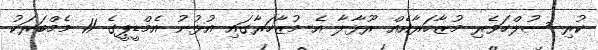
ކުރި ސުލްހަވެރި މުޒާހަރާއެއް ރޫޅާލާ އެ މުޒާހަރާގައި އުޅުނު އެމްޑީޕީގެ 11 މެމްބަރަކު